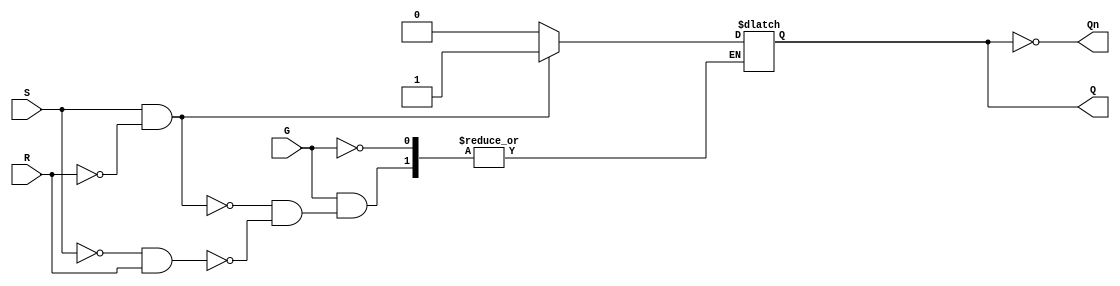
module gated_sr_latch (
    input wire S,     // Set input
    input wire R,     // Reset input
    input wire G,     // Gate input
    output reg Q,     // Current state output
    output wire Qn    // Complement of the current state
);

    assign Qn = ~Q; // Complement output

    always @(G or S or R) begin
        if (G) begin
            if (S && ~R) begin
                Q <= 1;  // Set condition
            end
            else if (~S && R) begin
                Q <= 0;  // Reset condition
            end
            // If S and R are both 0, do nothing (retain state)
            // If S and R are both 1, this leads to an invalid state
        end
        // When G is low, retain Q (no changes)
    end

endmodule